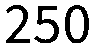
250